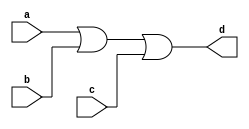
`timescale 1ns / 1ps
//////////////////////////////////////////////////////////////////////////////////
// Company: 
// Engineer: 
// 
// Design Name: 
// Module Name:    orGate 
// Project Name: 
// Target Devices: 
// Tool versions: 
// Description: 
//
// Dependencies: 
//
// Revision: 
// Revision 0.01 - File Created
// Additional Comments: 
//
//////////////////////////////////////////////////////////////////////////////////
module orGate(
    input a,
    input b,
    input c,
    output d
    );

	assign d = a | b | c;
endmodule